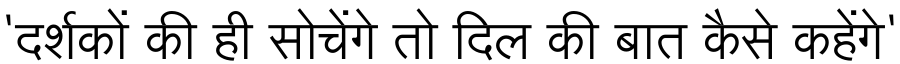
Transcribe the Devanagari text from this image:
'दर्शकों की ही सोचेंगे तो दिल की बात कैसे कहेंगे'